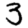
Digit: 3